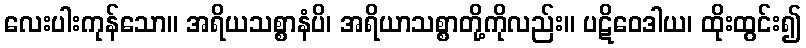
လေးပါးကုန်သော။ အရိယသစ္စာနံပိ၊ အရိယာသစ္စာတို့ကိုလည်း။ ပဋိဝေဒါယ၊ ထိုးထွင်း၍